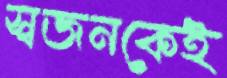
স্বজনকেই